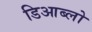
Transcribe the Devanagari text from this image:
डिआब्लो